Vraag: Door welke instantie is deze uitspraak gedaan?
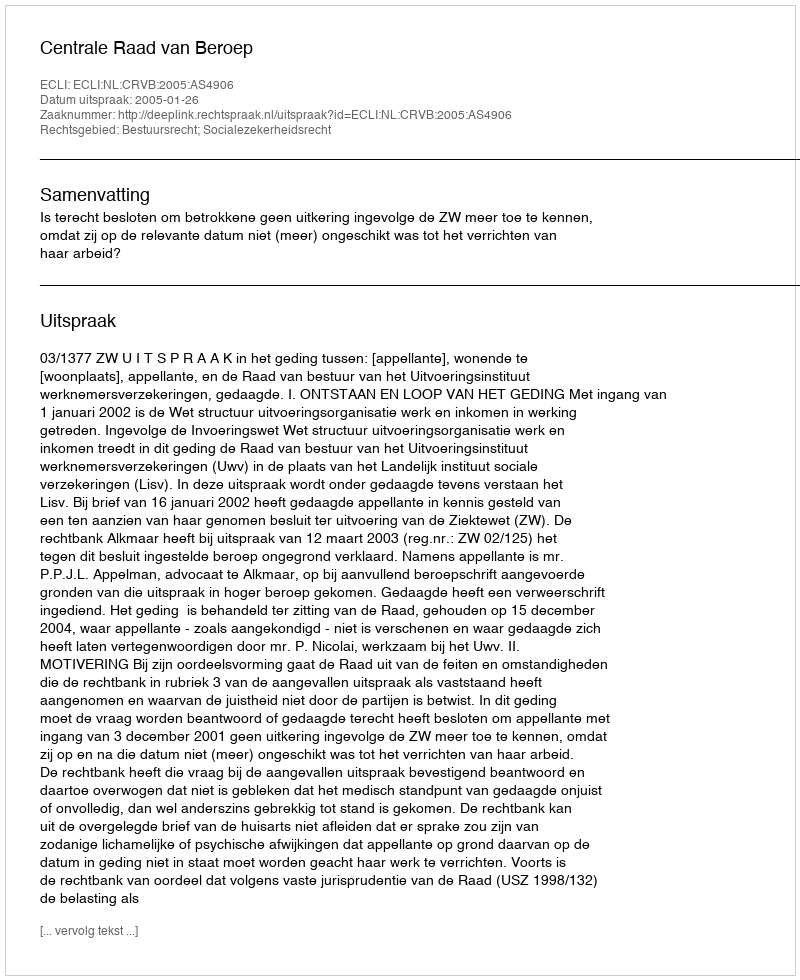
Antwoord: Centrale Raad van Beroep